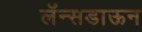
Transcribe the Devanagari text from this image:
लॅन्सडाऊन